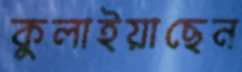
কুলাইয়াছেন